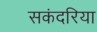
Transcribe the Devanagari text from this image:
सकंदरिया